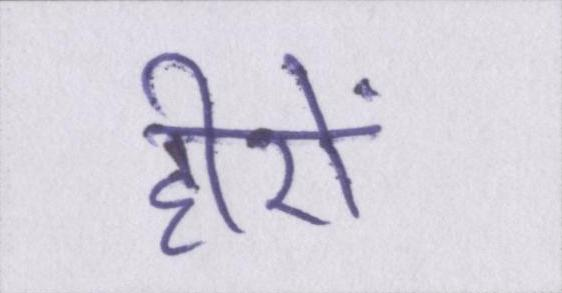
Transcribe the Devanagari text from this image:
हीरों